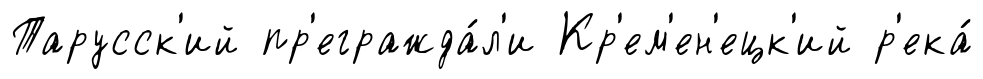
Тарусск'ий пр'егражда́л'и Кр'ем'ен'ецк'ий р'ека́